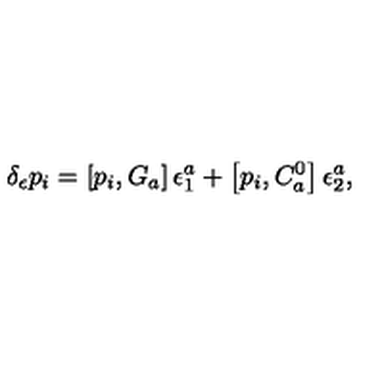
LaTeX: \delta _ { \epsilon } p _ { i } = \left[ p _ { i } , G _ { a } \right] \epsilon _ { 1 } ^ { a } + \left[ p _ { i } , C _ { a } ^ { 0 } \right] \epsilon _ { 2 } ^ { a } ,